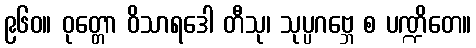
၉၆၀။ ဝုတ္တော ဝိသာရဒေါ တီသု၊ သုပ္ပဂဗ္ဘေ စ ပဏ္ဍိတေ။